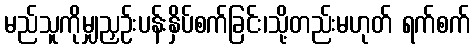
မည်သူကိုမျှညှဉ်းပန်းနှိပ်စက်ခြင်း၊သို့တည်းမဟုတ် ရက်စက်